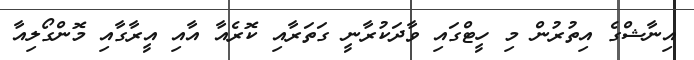
އިނާޝްގެ އިތުރުން މި ހީޓްގައި ވާދަކުރާނީ ގަތަރާއި ކޮރެއާ އާއި އީރާގާއި މޮންގޯލިއާ